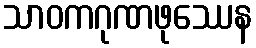
သာဝကဂုဏဖုဿေန